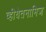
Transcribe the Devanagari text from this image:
व्हीयेतनामिज